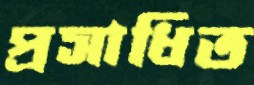
প্রসাধিত